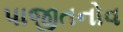
પાજીતનોવ